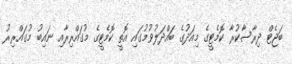
ބަޖެޓް ދިރާސާކުރާ ކޮމެޓީގެ މިއަދުގެ ބައްދަލުވުމުގައި އޮތީ ކޮމެޓީގެ މުގައްރިރާއި ނައިބު މުގައްރިރު